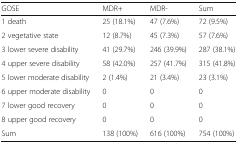
<table><thead><tr><td><b>GOSE</b></td><td><b>MDR+</b></td><td><b>MDR-</b></td><td><b>Sum</b></td></tr></thead><tbody><tr><td>1 death</td><td>25 (18.1%)</td><td>47 (7.6%)</td><td>72 (9.5%)</td></tr><tr><td>2 vegetative state</td><td>12 (8.7%)</td><td>45 (7.3%)</td><td>57 (7.6%)</td></tr><tr><td>3 lower severe disability</td><td>41 (29.7%)</td><td>246 (39.9%)</td><td>287 (38.1%)</td></tr><tr><td>4 upper severe disability</td><td>58 (42.0%)</td><td>257 (41.7%)</td><td>315 (41.8%)</td></tr><tr><td>5 lower moderate disability</td><td>2 (1.4%)</td><td>21 (3.4%)</td><td>23 (3.1%)</td></tr><tr><td>6 upper moderate disability</td><td>0</td><td>0</td><td>0</td></tr><tr><td>7 lower good recovery</td><td>0</td><td>0</td><td>0</td></tr><tr><td>8 upper good recovery</td><td>0</td><td>0</td><td>0</td></tr><tr><td>Sum</td><td>138 (100%)</td><td>616 (100%)</td><td>754 (100%)</td></tr></tbody></table>